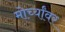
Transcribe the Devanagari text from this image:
मोर्च्यांवर